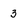
Character: 3